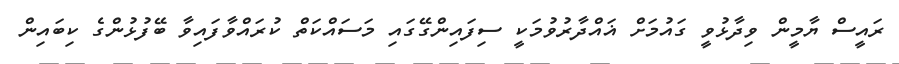
ރައީސް ޔާމީން ވިދާޅުވީ ގައުމަށް ޣައްދާރުވުމަކީ ސިފައިންގޭގައި މަސައްކަތް ކުރައްވާފައިވާ ބޭފުޅުންގެ ކިބައިން